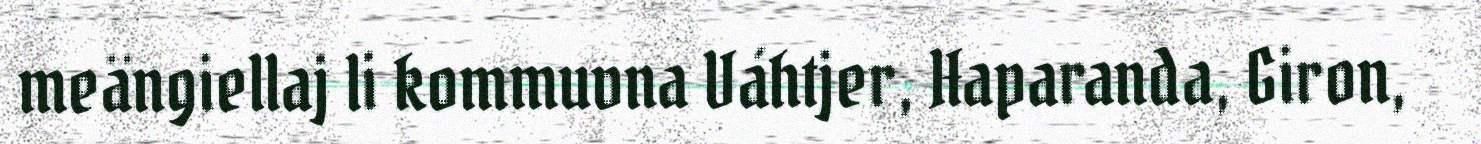
meängiellaj li kommuvna Váhtjer, Haparanda, Giron,